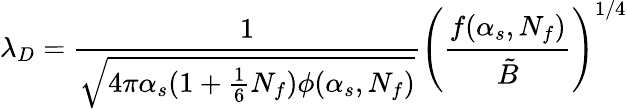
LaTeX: \lambda_{D}={\frac{1}{\sqrt{4\pi\alpha_{s}(1+{\frac{1}{6}}N_{f})\phi(\alpha_{s},N_{f})}}}\Biggl({\frac{f(\alpha_{s},N_{f})}{\tilde{B}}}\Biggr)^{1/4}